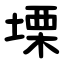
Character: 塛